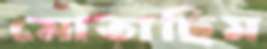
মোতাছিম